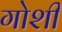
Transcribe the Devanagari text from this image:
गोशी